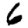
Digit: 6